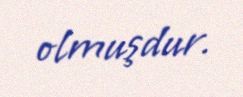
olmuşdur.